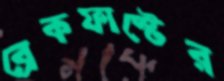
ব্রেকফাস্টের